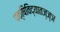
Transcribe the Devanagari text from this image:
पक्षिविद्यातज्‍ज्ञ